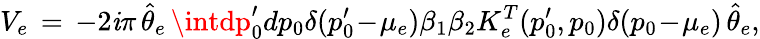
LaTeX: V_{e}\, =\, -2\mathit{i}\pi\, \hat{{\theta}}_{e}\, \intdp_{0}^{\prime}dp_{0}\delta(p_{0}^{\prime}\! -\! \mu_{e})\beta_{1}\beta_{2}K_{e}^{T}(p_{0}^{\prime},p_{0})\delta(p_{0}\! -\! \mu_{e})\, \hat{{\theta}}_{e},